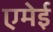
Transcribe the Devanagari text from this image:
एमेई